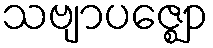
သဗျာပဇ္ဈော